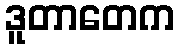
ဒူတာတေက